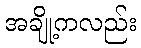
အချို့ကလည်း